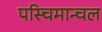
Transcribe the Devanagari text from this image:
पस्चिमान्चल